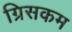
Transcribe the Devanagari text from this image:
ग्रिसकम